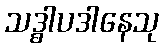
သဒ္ဓါပဒါနေသု